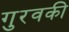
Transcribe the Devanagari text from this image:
गुरवकी